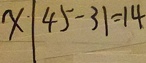
x \vert 4 5 - 3 1 = 1 4